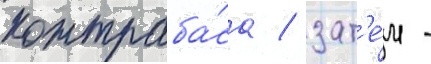
контраба́са / зат'е́м -